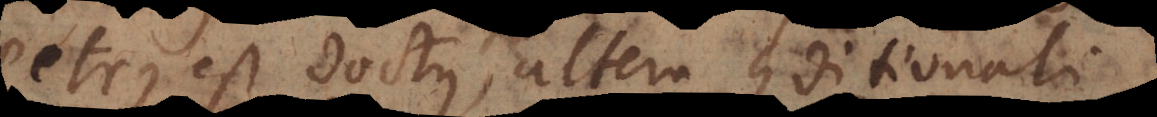
Petrus est doctus, altera conditionali